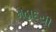
મહાદયી